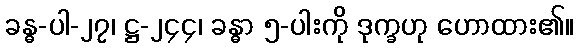
ခန္ဓ-ပါ-၂၇၊ ဋ္ဌ-၂၄၄၊ ခန္ဓာ ၅-ပါးကို ဒုက္ခဟု ဟောထား၏။